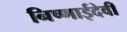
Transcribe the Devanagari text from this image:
निष्णाईदेवी